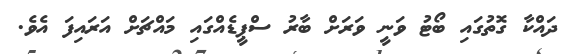
ދައްކާ ގޮތުގައި ބޯޓު ވަނީ ވަރަށް ބާރު ސްޕީޑެއްގައި މައްޗަށް އަރައިފަ އެވެ.